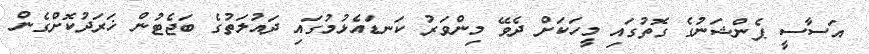
އަސާސީ ޕެންޝަނުގެ ގޮތުގައި މީހަކަށް ދެވޭ މިންވަރު ކަނޑައެޅުމުގައި ދައުލަތުގެ ބަޖެޓުން ޚަރަދުކޮށްގެން